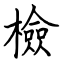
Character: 檢